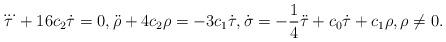
LaTeX: \begin{align*}\dddot{\tau}+16c_2\dot{\tau}=0, \ddot{\rho}+4c_2 \rho=-3 c_1\dot{\tau}, \dot{\sigma}=-\frac{1}{4}\ddot{\tau}+c_0\dot{\tau}+c_1 \rho, \rho\ne 0.\end{align*}